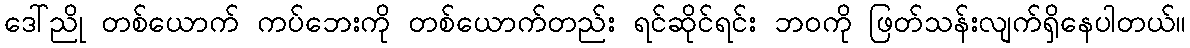
ဒေါ်ညို တစ်ယောက် ကပ်ဘေးကို တစ်ယောက်တည်း ရင်ဆိုင်ရင်း ဘဝကို ဖြတ်သန်းလျက်ရှိနေပါတယ်။